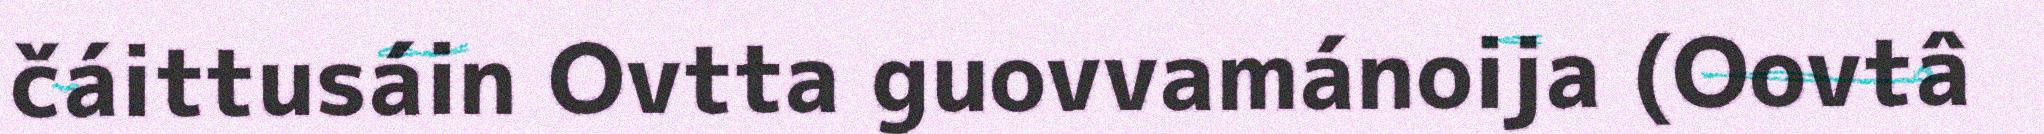
čáittusáin Ovtta guovvamánoija (Oovtâ